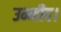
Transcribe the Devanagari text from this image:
उम्मीद।